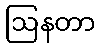
ဩနတာ